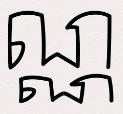
ណ្ណ